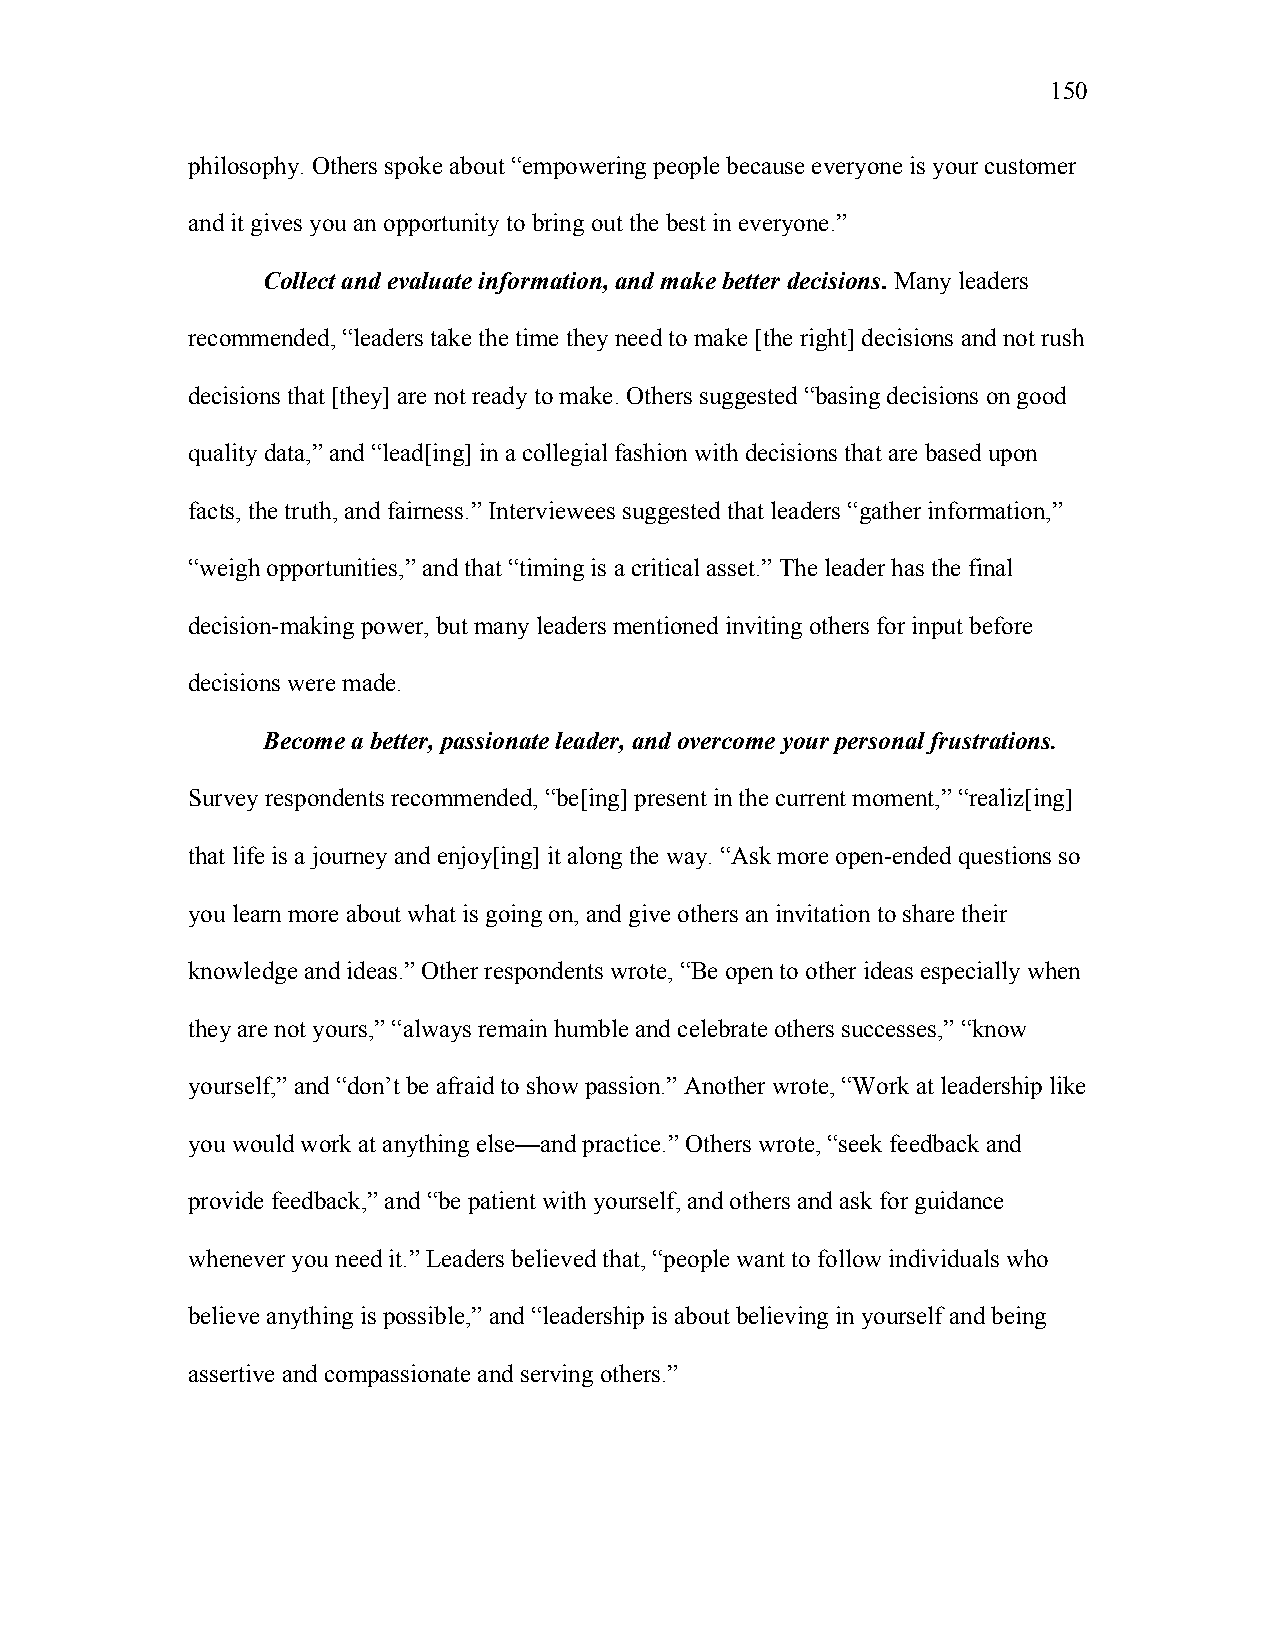
150
 philosophy. Others spoke about “empowering people because everyone is your customer
 and it gives you an opportunity to bring out the best in everyone.”
 Collect and evaluate information, and make better decisions. Many leaders
 recommended, “leaders take the time they need to make [the right] decisions and not rush
 decisions that [they] are not ready to make. Others suggested “basing decisions on good
 quality data,” and “lead[ing] in a collegial fashion with decisions that are based upon
 facts, the truth, and fairness.” Interviewees suggested that leaders “gather information,”
 “weigh opportunities,” and that “timing is a critical asset.” The leader has the final
 decision-making power, but many leaders mentioned inviting others for input before
 decisions were made.
 Become a better, passionate leader, and overcome your personal frustrations.
 Survey respondents recommended, “be[ing] present in the current moment,” “realiz[ing]
 that life is a journey and enjoy[ing] it along the way. “Ask more open-ended questions so
 you learn more about what is going on, and give others an invitation to share their
 knowledge and ideas.” Other respondents wrote, “Be open to other ideas especially when
 they are not yours,” “always remain humble and celebrate others successes,” “know
 yourself,” and “don’t be afraid to show passion.” Another wrote, “Work at leadership like
 you would work at anything else—and practice.” Others wrote, “seek feedback and
 provide feedback,” and “be patient with yourself, and others and ask for guidance
 whenever you need it.” Leaders believed that, “people want to follow individuals who
 believe anything is possible,” and “leadership is about believing in yourself and being
 assertive and compassionate and serving others.”